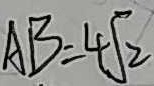
A B = 4 \sqrt { 2 }